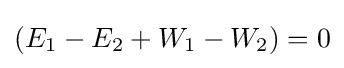
(E_{1}-E_{2}+W_{1}-W_{2})=0